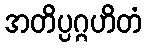
အတိပ္ပဂ္ဂဟိတံ